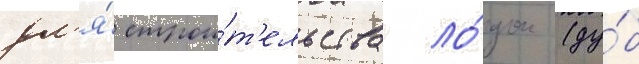
дл'я́ строи́т'ельства ло́док (ду́б